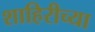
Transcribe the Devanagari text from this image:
शाहिरीच्या